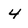
Character: 4